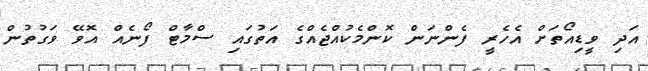
އަދި ވީޑިއޯތަށް އެހެރީ ފެންނަން ކޮންމެކުއްޖެއްގެ އަތުގައި ސްމާޓް ފޯނެއް އޮވޭ ވަގުތުން